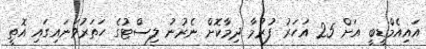
އައިއެމްޑީބީ އަށް 25 އަހަރު ފުރުމާ ދިމާކޮށް ނެރުނު ލިސްޓުގެ ހަތަރުވަނައިގައި އޮތީ